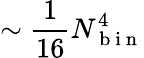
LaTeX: \sim\frac{1}{16}N_{\mathrm{~b~i~n~}}^{4}